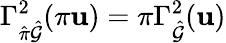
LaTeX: \Gamma_{\hat{\pi}\hat{\mathcal{G}}}^{2}(\pi\mathbf{u})=\pi\Gamma_{\hat{\mathcal{G}}}^{2}(\mathbf{u})